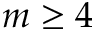
m \geq 4